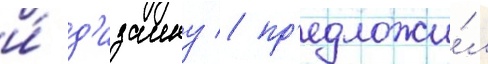
и́ д'изаину / пр'едложи́л